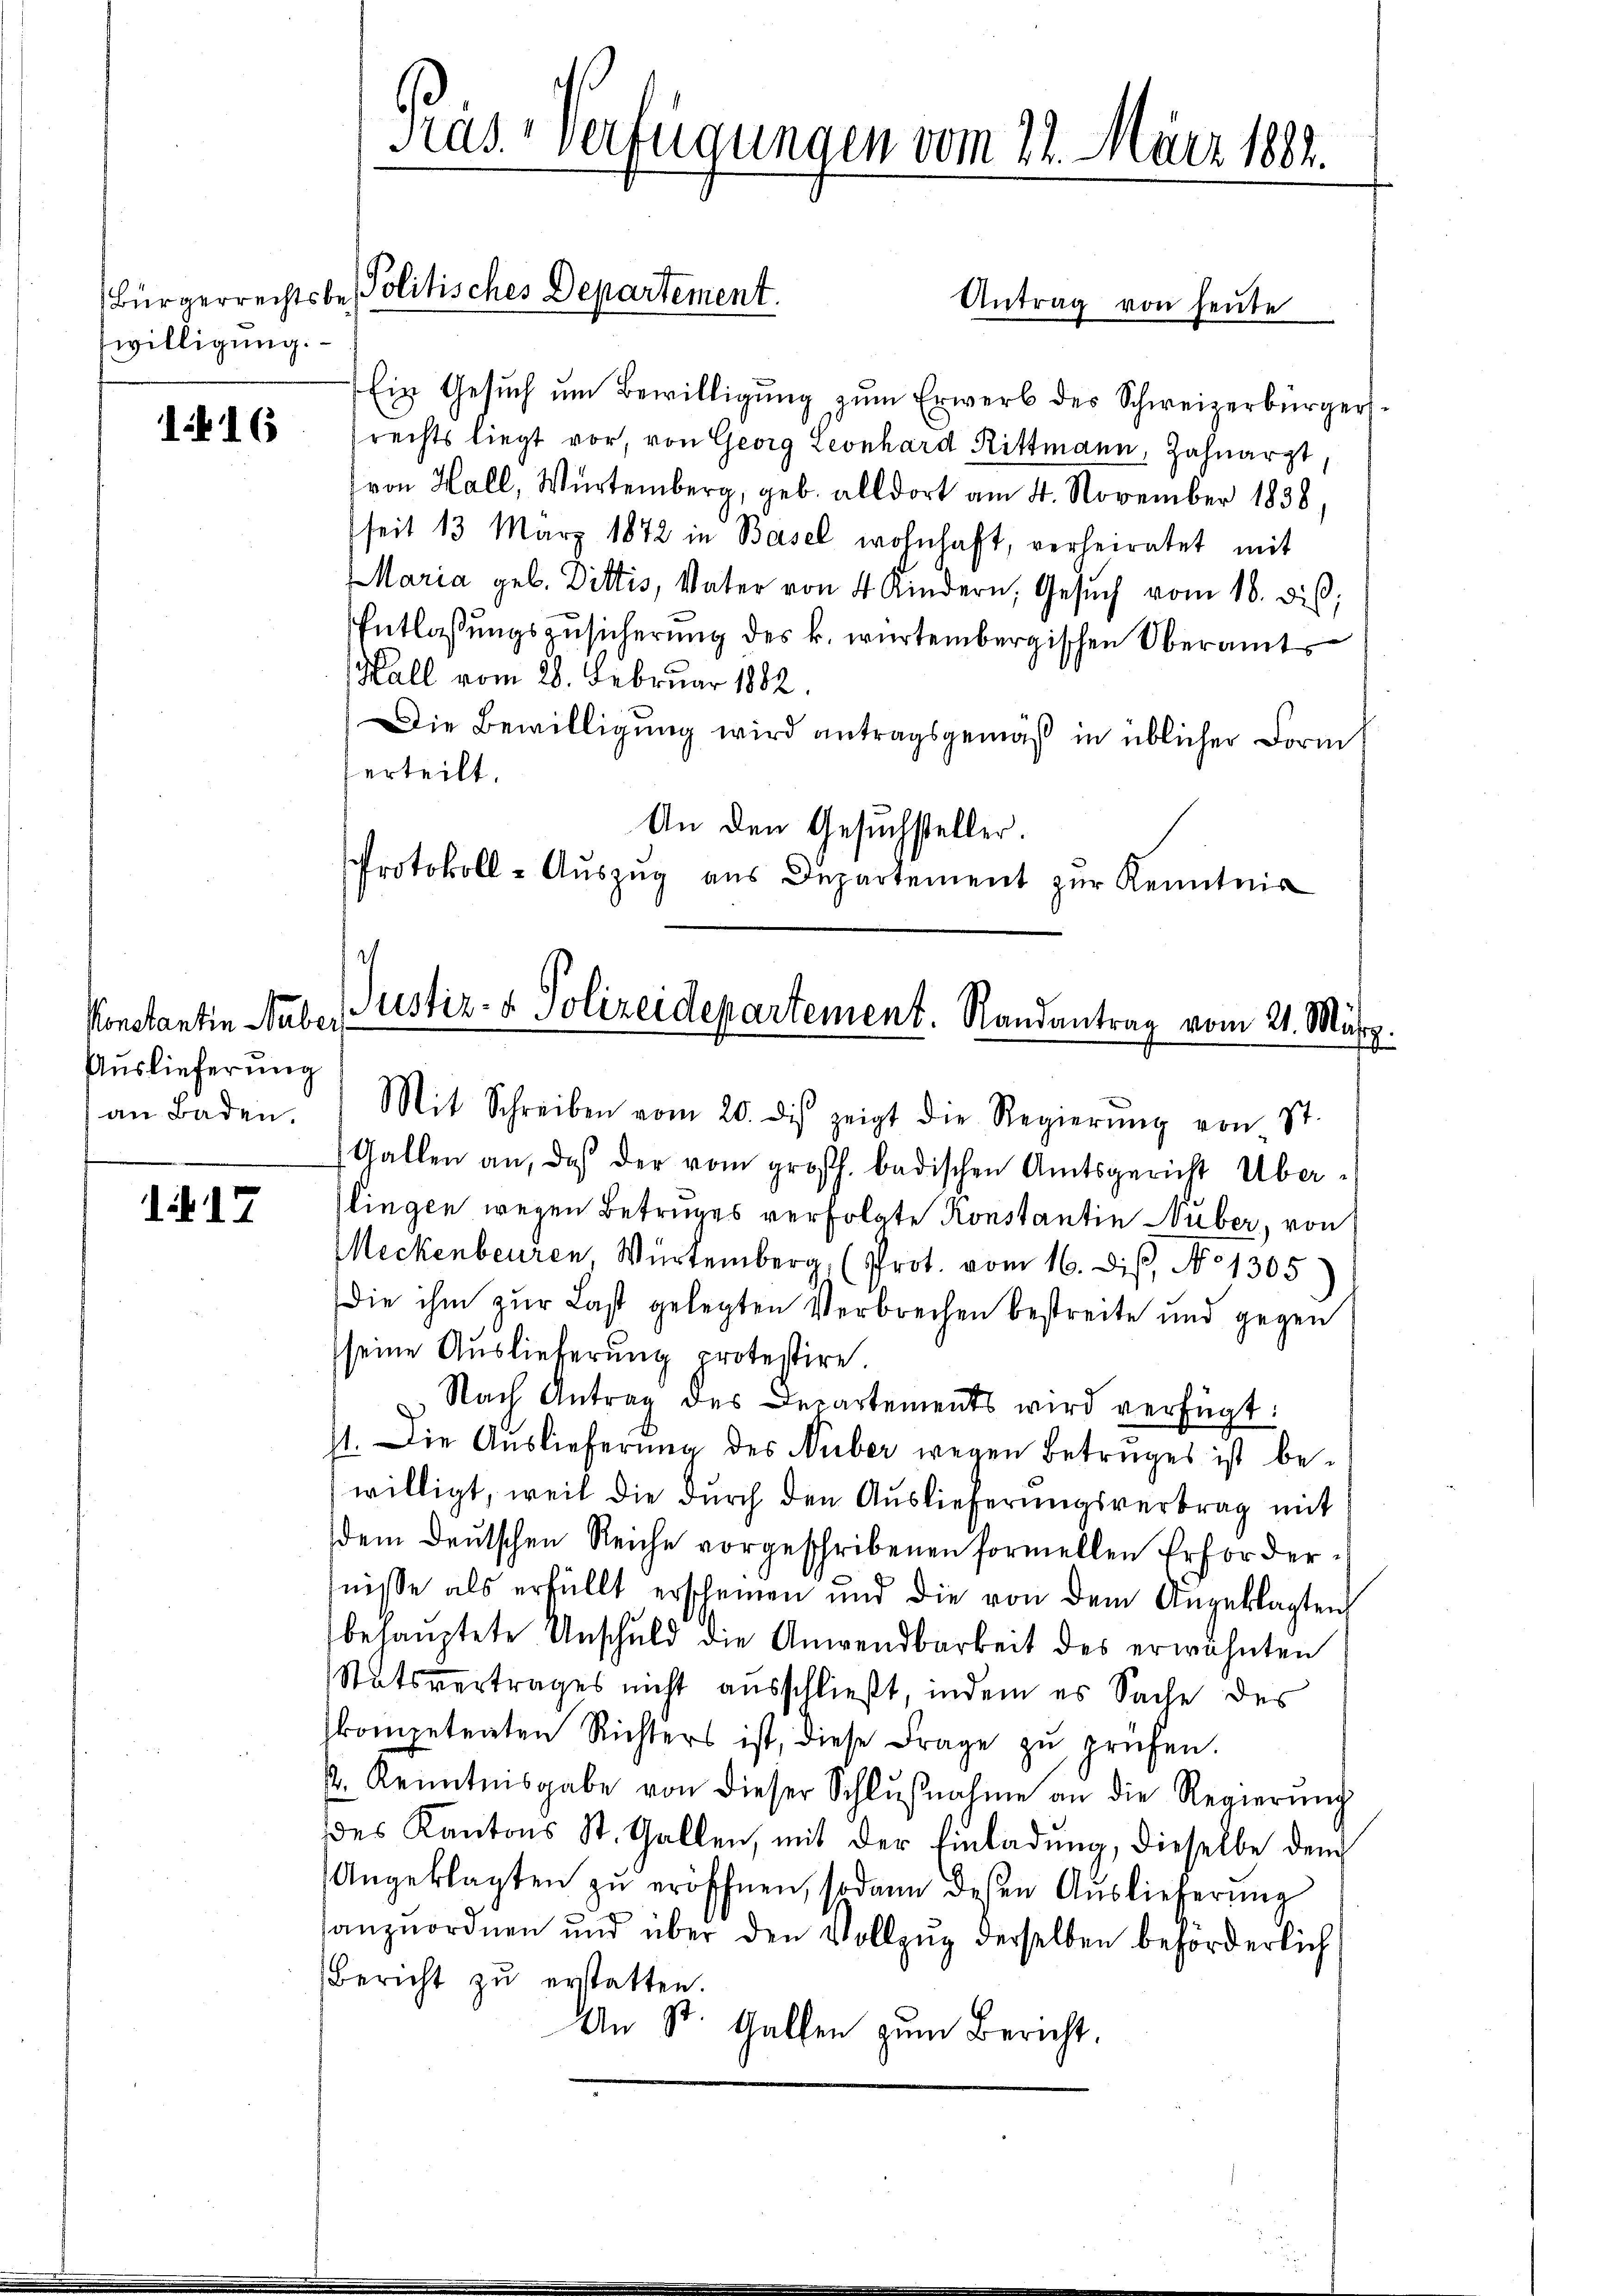
willigung.

116

Konstantin Huber.
Auslieferung

i 17

Pras. verfügungen vom 22. März 1882.

Bürgerrechtsbe Politisches Departement.

Ein Gesuch um Bewilligung zum Erwerb des Schweizerbürgerrechts liegt vor, von Georg Leonhard Rittmann, Zahnarzt
von Hall, Würtemberg, geb. alldort am 4. November 1838,
seit 13 März 1872 in Basel wohnhaft, verheiratet mit
Maria geb. Dittis, Vater von 4 Kindern, Gesŭch vom 18. dieß,
Entlassungszusicherung des k. würtembergischen Oberamts
Hall vom 28. Februar 1882
Die Bewilligung wird antragsgemäß in üblicher Form
erteilt.
An den Gesuchsteller.
Protokoll-Auszug aus Departement zur Kenntnis

Antrag von heute

.
Justiz- & Polizeidepartement. Randantrag vom 21. März.

an Baden.) Mit Schreiben vom 20. dis zeigt die Regierŭng von St.
Gallen an, daß der vom großh. badischen Amtsgericht Überlingen wegen Betruges verfolgte Konstantin Neuber, von
Meckenbeuren Würtemberg, (Prot. vom 16. dis, No 1305
die ihm zur Last gelegten Verbrechen bestreite und gegen
seine Auslieferung protestire.
Nach Antrag des Departements wird verfügt:
1. Die Aŭslieferŭng des Nüber wegen Betruges ist be-
willigt, weil die durch den Auslieferungsvertrag mit
dem deutschen Reiche vorgeschribenen formellen Erfordertnisse als erfüllt erscheinen und die von dem Angeklagten
behauptete Unschuld die Anwendbarkeit des erwähnten
Statsvertrages nicht ausschließt, indem es Sache des
kompetenten Richters ist, diese Frage zŭ prüfen.
k. Kenntnisgabe von dieser Schlŭβnahme an die Regierŭng
des Kantons St. Gallen, mit der Einladŭng, dieselbe dem
Angeklagten zŭ eröffnen, sodann deßen Auslieferung
anzŭordnen und über den Vollzŭg derselben beförderlich
Bericht zŭ erstatten.
An St. Gallen zum Bericht,